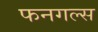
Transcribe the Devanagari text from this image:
फनगल्स